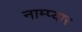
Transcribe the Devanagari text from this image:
नाम्प्यार